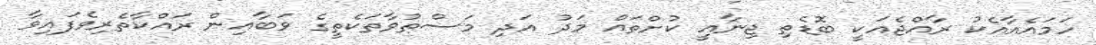
ހަމައެއާއެކު ރާއްޖެއަކީ ބޮޑެތި ޖިނާއީ ކުށްތައް މަދު އަދި މަސްތުވާތަކެތީގެ ވަބާއިން ރައްކާތެރިވެފައިވާ